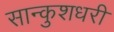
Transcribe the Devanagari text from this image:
सान्कुशधरी